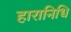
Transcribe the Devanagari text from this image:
हारानिधि